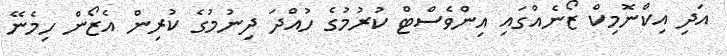
އަދި އިކްނޮމިކް ޒޯނެއްގައި އިންވެސްޓް ކުރުމުގެ ހުއްދަ ދިނުމުގެ ކުރިން އެޒޯން ހިމެނޭ